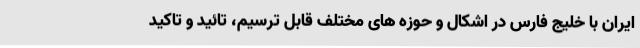
ايران با خليج فارس در اشكال و حوزه های مختلف قابل ترسيم، تائيد و تاكيد